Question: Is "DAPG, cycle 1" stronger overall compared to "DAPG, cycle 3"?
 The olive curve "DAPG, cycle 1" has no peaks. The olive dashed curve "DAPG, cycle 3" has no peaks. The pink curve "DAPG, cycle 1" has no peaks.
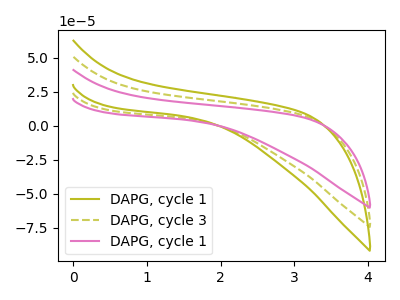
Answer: <think>Neither "DAPG, cycle 1" or "DAPG, cycle 3" have any peaks.
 </think>
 <answer>I cant tell if "DAPG, cycle 1" or "DAPG, cycle 3" has more signal.</answer>
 <eval>mixed_signal</eval>